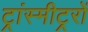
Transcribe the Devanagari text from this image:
ट्रांस्मीट्ररों